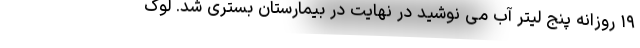
۱۹ روزانه پنج لیتر آب می نوشید در نهایت در بیمارستان بستری شد. لوک